Punjab Mental Hospital Lahore 1922-31 - 1922-1931
Year: 1922
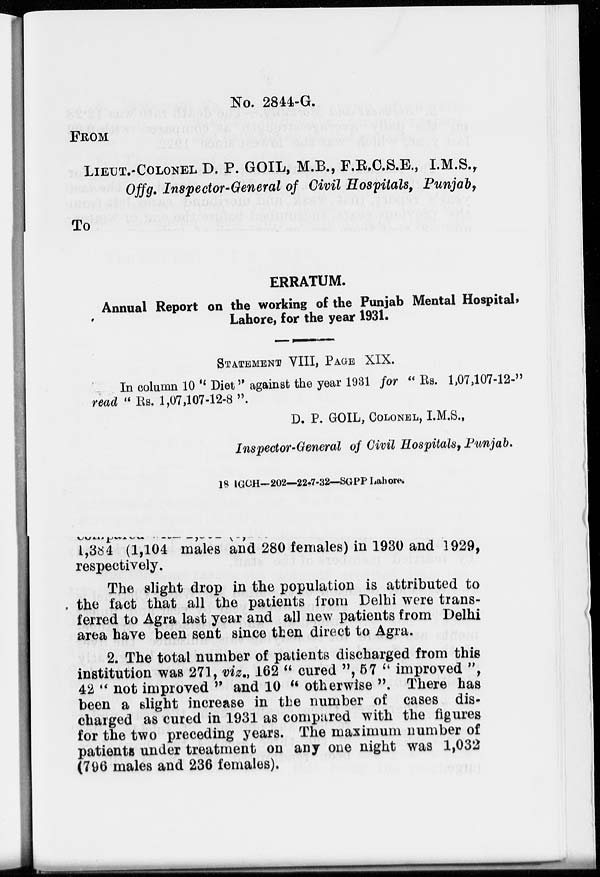
No. 2844-G.
FROM
LIEUT.-COLONEL D. P. GOIL, M.B., F.R.C.S.E., I.M.S.,
Offg. Inspector-General of Civil Hospitals, Punjab,
To
ERRATUM.
Annual Report on the working of the Punjab Mental Hospital,
Lahore, for the year 1931.
STATEMENT VIII, PAGE XIX.
In column 10 " Diet" against the year 1981 for " Rs. 1,07,107-12-"
read " Rs. 1,07,107-12-8 ".
D. P. GOIL, COLONEL, I.M.S.,
Inspector-General of Civil Hospitals, Punjab.
18 IGCH—202—22-7-32—SGPP Lahore.
1,384 (1,104 males and 280 females) in 1930 and 1929,
respectively.
The slight drop in the population is attributed to
the fact that all the patients from Delhi were trans-
ferred to Agra last year and all new patients from Delhi
area have been sent since then direct to Agra.
2. The total number of patients discharged from this
institution was 271, viz., 162 " cured ", 57 " improved ",
42 " not improved " and 10 " otherwise ". There has
been a slight increase in the number of cases dis-
charged as cured in 1931 as compared with the figures
for the two preceding years. The maximum number of
patients under treatment on any one night was 1,032
(796 males and 236 females).